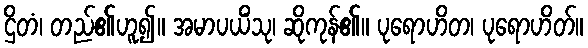
ဌိတံ၊ တည်၏ဟူ၍။ အမာပယိံသု၊ ဆိုကုန်၏။ ပုရောဟိတ၊ ပုရောဟိတ်။